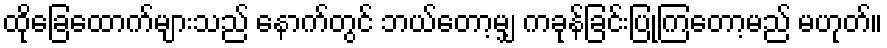
ထိုခြေထောက်များသည် နောက်တွင် ဘယ်တော့မျှ ကခုန်ခြင်းပြုကြတော့မည် မဟုတ်။